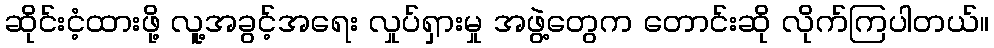
ဆိုင်းငံ့ထားဖို့ လူ့အခွင့်အရေး လှုပ်ရှားမှု အဖွဲ့တွေက တောင်းဆို လိုက်ကြပါတယ်။